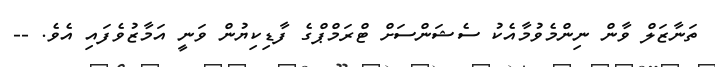
ތަނާޒަލް ވާން ނިންމެވުމާއެކު ސެޝަންސަށް ޓްރަމްޕްގެ ފާޑިކިޔުން ވަނީ އަމާޒުވެފައި އެވެ. --